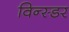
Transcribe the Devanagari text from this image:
विन्स्डर